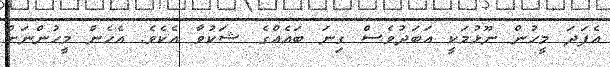
އެފަދަ މީހުން ނޫޅުމަކީ އަބަދުވެސް ގިނަ ބައެއްގެ ޝަކުވާ އެކެވެ. އެހެން މީހުންނަށް